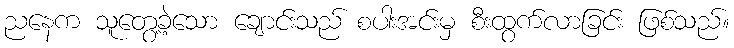
ညနေက သူတွေ့ခဲ့သော ချောင်းသည် စပါးအင်းမှ စီးထွက်လာခြင်း ဖြစ်သည်။